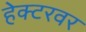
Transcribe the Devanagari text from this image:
हेक्टरवर